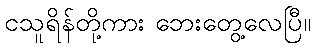
ငသူရိန်တို့ကား ဘေးတွေ့လေပြီ။